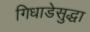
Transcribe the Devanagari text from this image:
गिधाडेसुद्धा